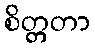
စိတ္တတာ